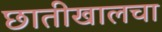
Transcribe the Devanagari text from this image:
छातीखालचा